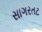
સાગરતટ